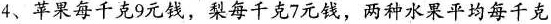
4、苹果每千克9元钱，梨每千克7元钱，两种水果平均每千克